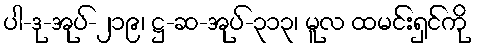
ပါ-ဒု-အုပ်-၂၁၉၊ ဋ္ဌ-ဆ-အုပ်-၃၁၃၊ မူလ ထမင်းရှင်ကို